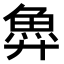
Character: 𫙐